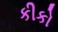
કીકો